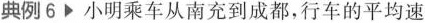
典例6 小明乘车从南充到成都，行车的平均速